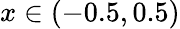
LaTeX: x\in(-0.5,0.5)